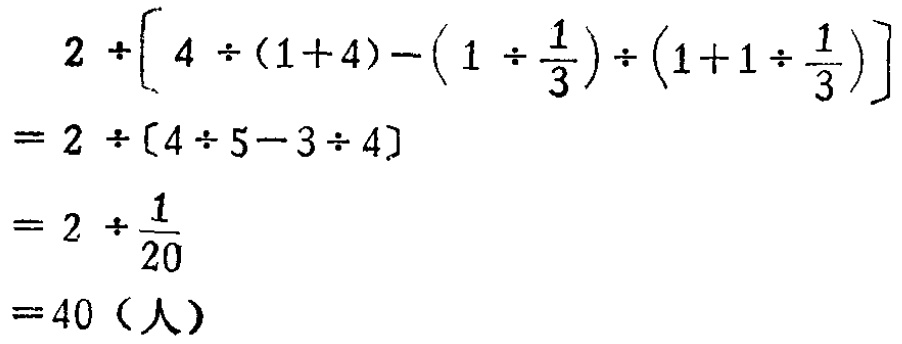
\[

\begin{align*}

&2\div\left[4\div(1 + 4)-\left(1\div\frac{1}{3}\right)\div\left(1 + 1\div\frac{1}{3}\right)\right]\\

=&2\div[4\div5 - 3\div4]\\

=&2\div\frac{1}{20}\\

=&40（人）

\end{align*}

\]